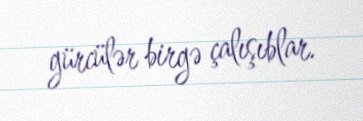
gürcülər birgə çalışıblar.